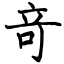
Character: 竒